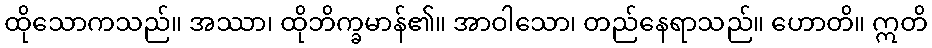
ထိုသောကသည်။ အဿာ၊ ထိုဘိက္ခမာန်၏။ အာဝါသော၊ တည်နေရာသည်။ ဟောတိ။ ဣတိ